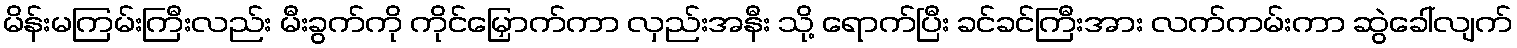
မိန်းမကြမ်းကြီးလည်း မီးခွက်ကို ကိုင်မြှောက်ကာ လှည်းအနီး သို့ ရောက်ပြီး ခင်ခင်ကြီးအား လက်ကမ်းကာ ဆွဲခေါ်လျက်